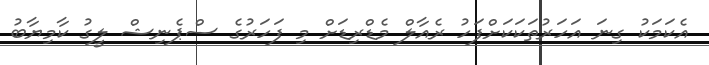
އެކަމަކު ގިނަ އަހަރުތަކަކަށްފަހު ރެއާލް މެޑްރިޑަށް މި ފަހަރުގެ ސްޕެނިޝް ލީގު ކާމިޔާބު